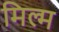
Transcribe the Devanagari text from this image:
मिल्म